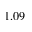
1 . 0 9